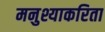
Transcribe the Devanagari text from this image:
मनुश्याकरिता